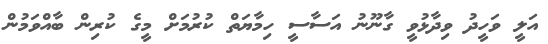
އަލީ ވަހީދު ވިދާޅުވީ ގާނޫނު އަސާސީ ހިމާޔަތް ކުރުމަށް މީގެ ކުރިން ބާއްވަމުން